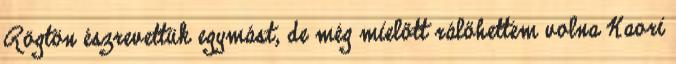
Rögtön észrevettük egymást, de még mielőtt rálőhettem volna Kaori